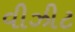
વીઝીટ